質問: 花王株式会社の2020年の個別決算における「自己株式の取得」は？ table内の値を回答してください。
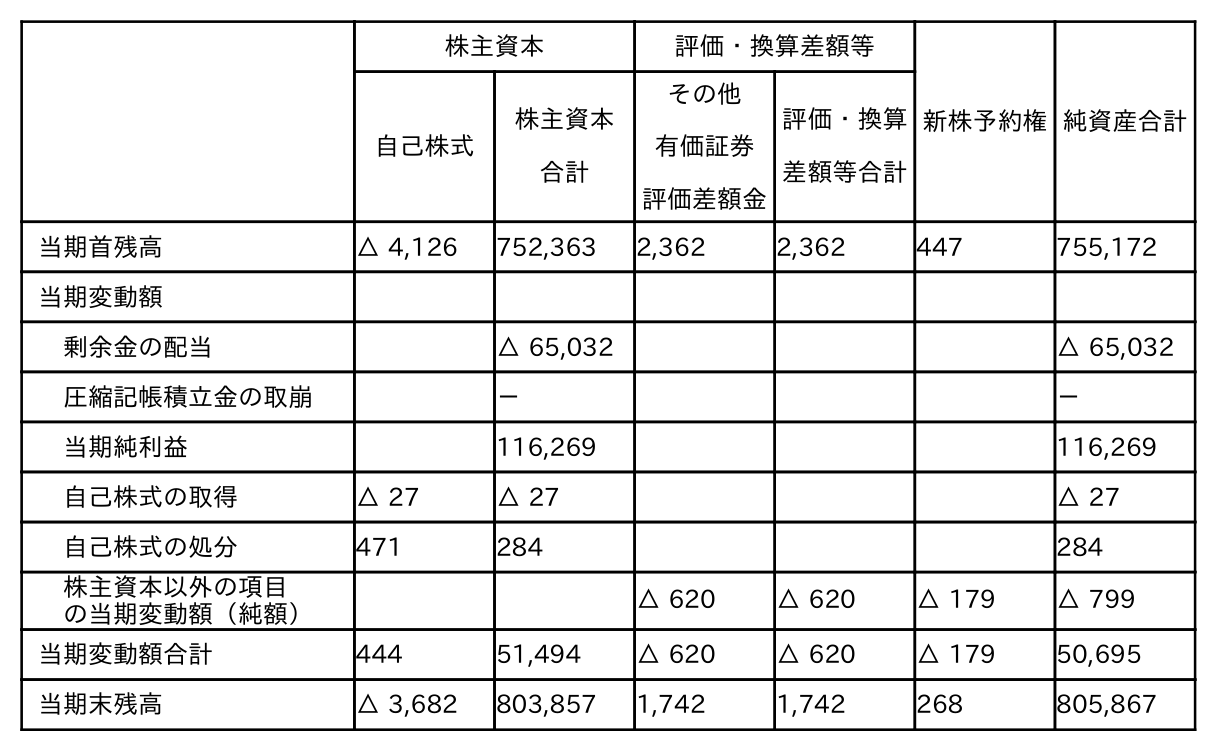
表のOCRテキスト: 株主資本 評価・換算差額等 新株予約権純資産合計 自己株式 株主資本 合計 その他 有価証券 評価差額金 評価・換算 差額等合計 当期首残高 △ 4,126 752,363 2,362 2,362 447 755,172 当期変動額 剰余金の配当 △ 65,032 △ 65,032 圧縮記帳積立金の取崩 － － 当期純利益 116,269 116,269 自己株式の取得 △ 27 △ 27 △ 27 自己株式の処分 471 284 284 株主資本以外の項目 の当期変動額（純額） △ 620 △ 620 △ 179 △ 799 当期変動額合計 444 51,494 △ 620 △ 620 △ 179 50,695 当期末残高 △ 3,682 803,857 1,742 1,742 268 805,867
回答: △27